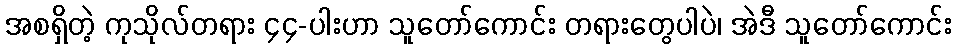
အစရှိတဲ့ ကုသိုလ်တရား ၄၄-ပါးဟာ သူတော်ကောင်း တရားတွေပါပဲ၊ အဲဒီ သူတော်ကောင်း